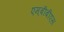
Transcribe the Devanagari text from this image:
एम्‌बीबीएस